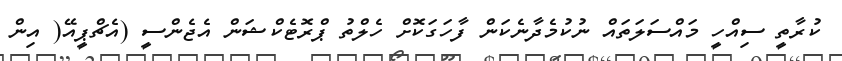
ކުރާތީ ސިއްހީ މައްސަލަތައް ނުކުމެދާނެކަން ފާހަގަކޮށް ހެލްތު ޕްރޮޓެކްޝަން އެޖެންސީ (އެޗްޕީއޭ( އިން